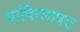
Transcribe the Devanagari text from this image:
ग्राफिसाफ्ट